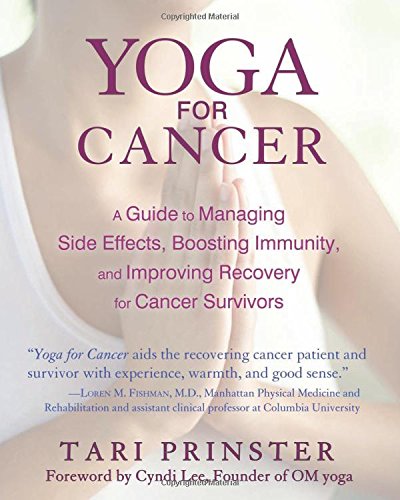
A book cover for Yoga for Cancer: A Guide to Managing Side Effects, Boosting Immunity, and Improving Recovery for Cancer Survivors; Tari Prinster; Health, Fitness & Dieting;